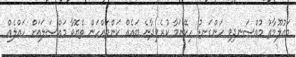
މައުލޫމާތު މުއްސަނދިވި ހަންގަނޑު ހިކޭނަމާ ކުރެވިދާނެ ބައެއް ކަންތައްހަން ތެޔޮވާ މައްސަލައަށް ހައްލެއް